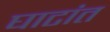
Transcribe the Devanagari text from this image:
घाटांत